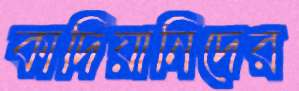
কাদিয়ানিদের